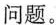
问题。